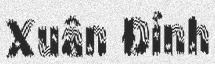
Xuân Đỉnh